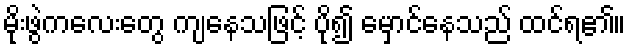
မိုးဖွဲကလေးတွေ ကျနေသဖြင့် ပို၍ မှောင်နေသည် ထင်ရ၏။